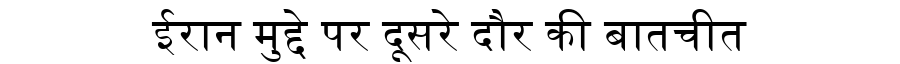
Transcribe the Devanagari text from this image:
ईरान मुद्दे पर दूसरे दौर की बातचीत